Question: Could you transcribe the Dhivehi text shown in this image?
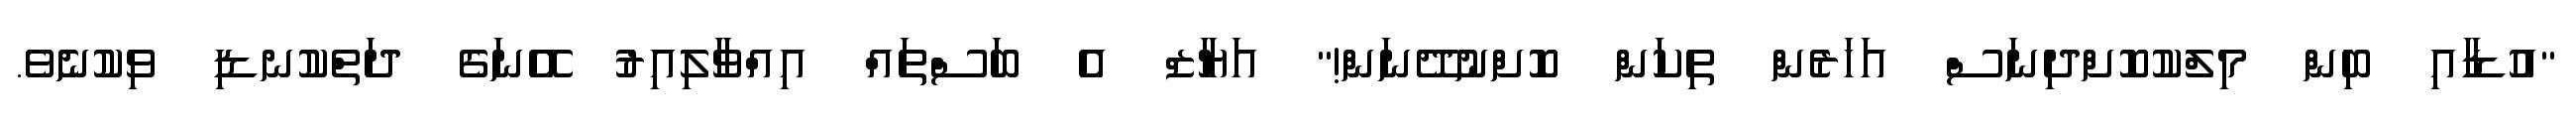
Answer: "އުޑާއި ބިން މިލްކުކޮށްދިނަސް އަހަރެން ތިކަން ކޮށްނުދޭނަން!" އަޔާޒް އެ ބަސްތައް އިއްވާލިއިރު އޭނަގެ ދަތްކުނޑި ވިކުނެވެ.